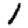
Digit: 1